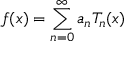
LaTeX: f ( x ) = \sum _ { n = 0 } ^ { \infty } a _ { n } T _ { n } ( x )